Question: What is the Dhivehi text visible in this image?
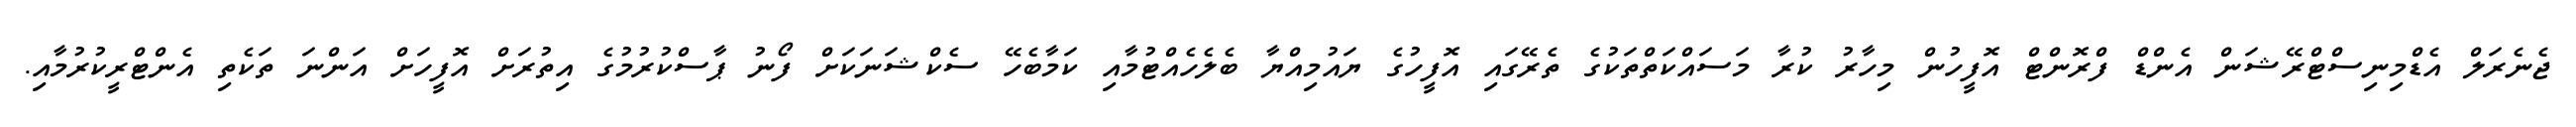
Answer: ޖެނެރަލް އެޑްމިނިސްޓްރޭޝަން އެންޑް ފްރޮންޓް އޮފީހުން މިހާރު ކުރާ މަސައްކަތްތަކުގެ ތެރޭގައި އޮފީހުގެ ޔައުމިއްޔާ ބެލެހެއްޓުމާއި ކަމާބެހޭ ސެކްޝަނަކަށް ފޯނު ޕާސްކުރުމުގެ އިތުރަށް އޮފީހަށް އަންނަ ތަކެތި އެންޓްރީކުރުމާއި.